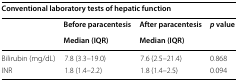
<table><thead><tr><td colspan="4"><b>Conventional laboratory tests of hepatic function</b></td></tr><tr><td></td><td><b>Before paracentesis</b></td><td><b>After paracentesis</b></td><td><b><i>p</i> value</b></td></tr><tr><td></td><td><b>Median (IQR)</b></td><td><b>Median (IQR)</b></td><td></td></tr></thead><tbody><tr><td>Bilirubin (mg/dL)</td><td>7.8 (3.3–19.0)</td><td>7.6 (2.5–21.4)</td><td>0.868</td></tr><tr><td>INR</td><td>1.8 (1.4–2.2)</td><td>1.8 (1.4–2.5)</td><td>0.094</td></tr></tbody></table>